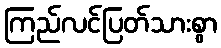
ကြည်လင်ပြတ်သားစွာ